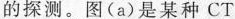
电子枪电子束X射线束的探测。图(a)是某种CT